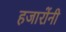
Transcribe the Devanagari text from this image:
हजारोंनी